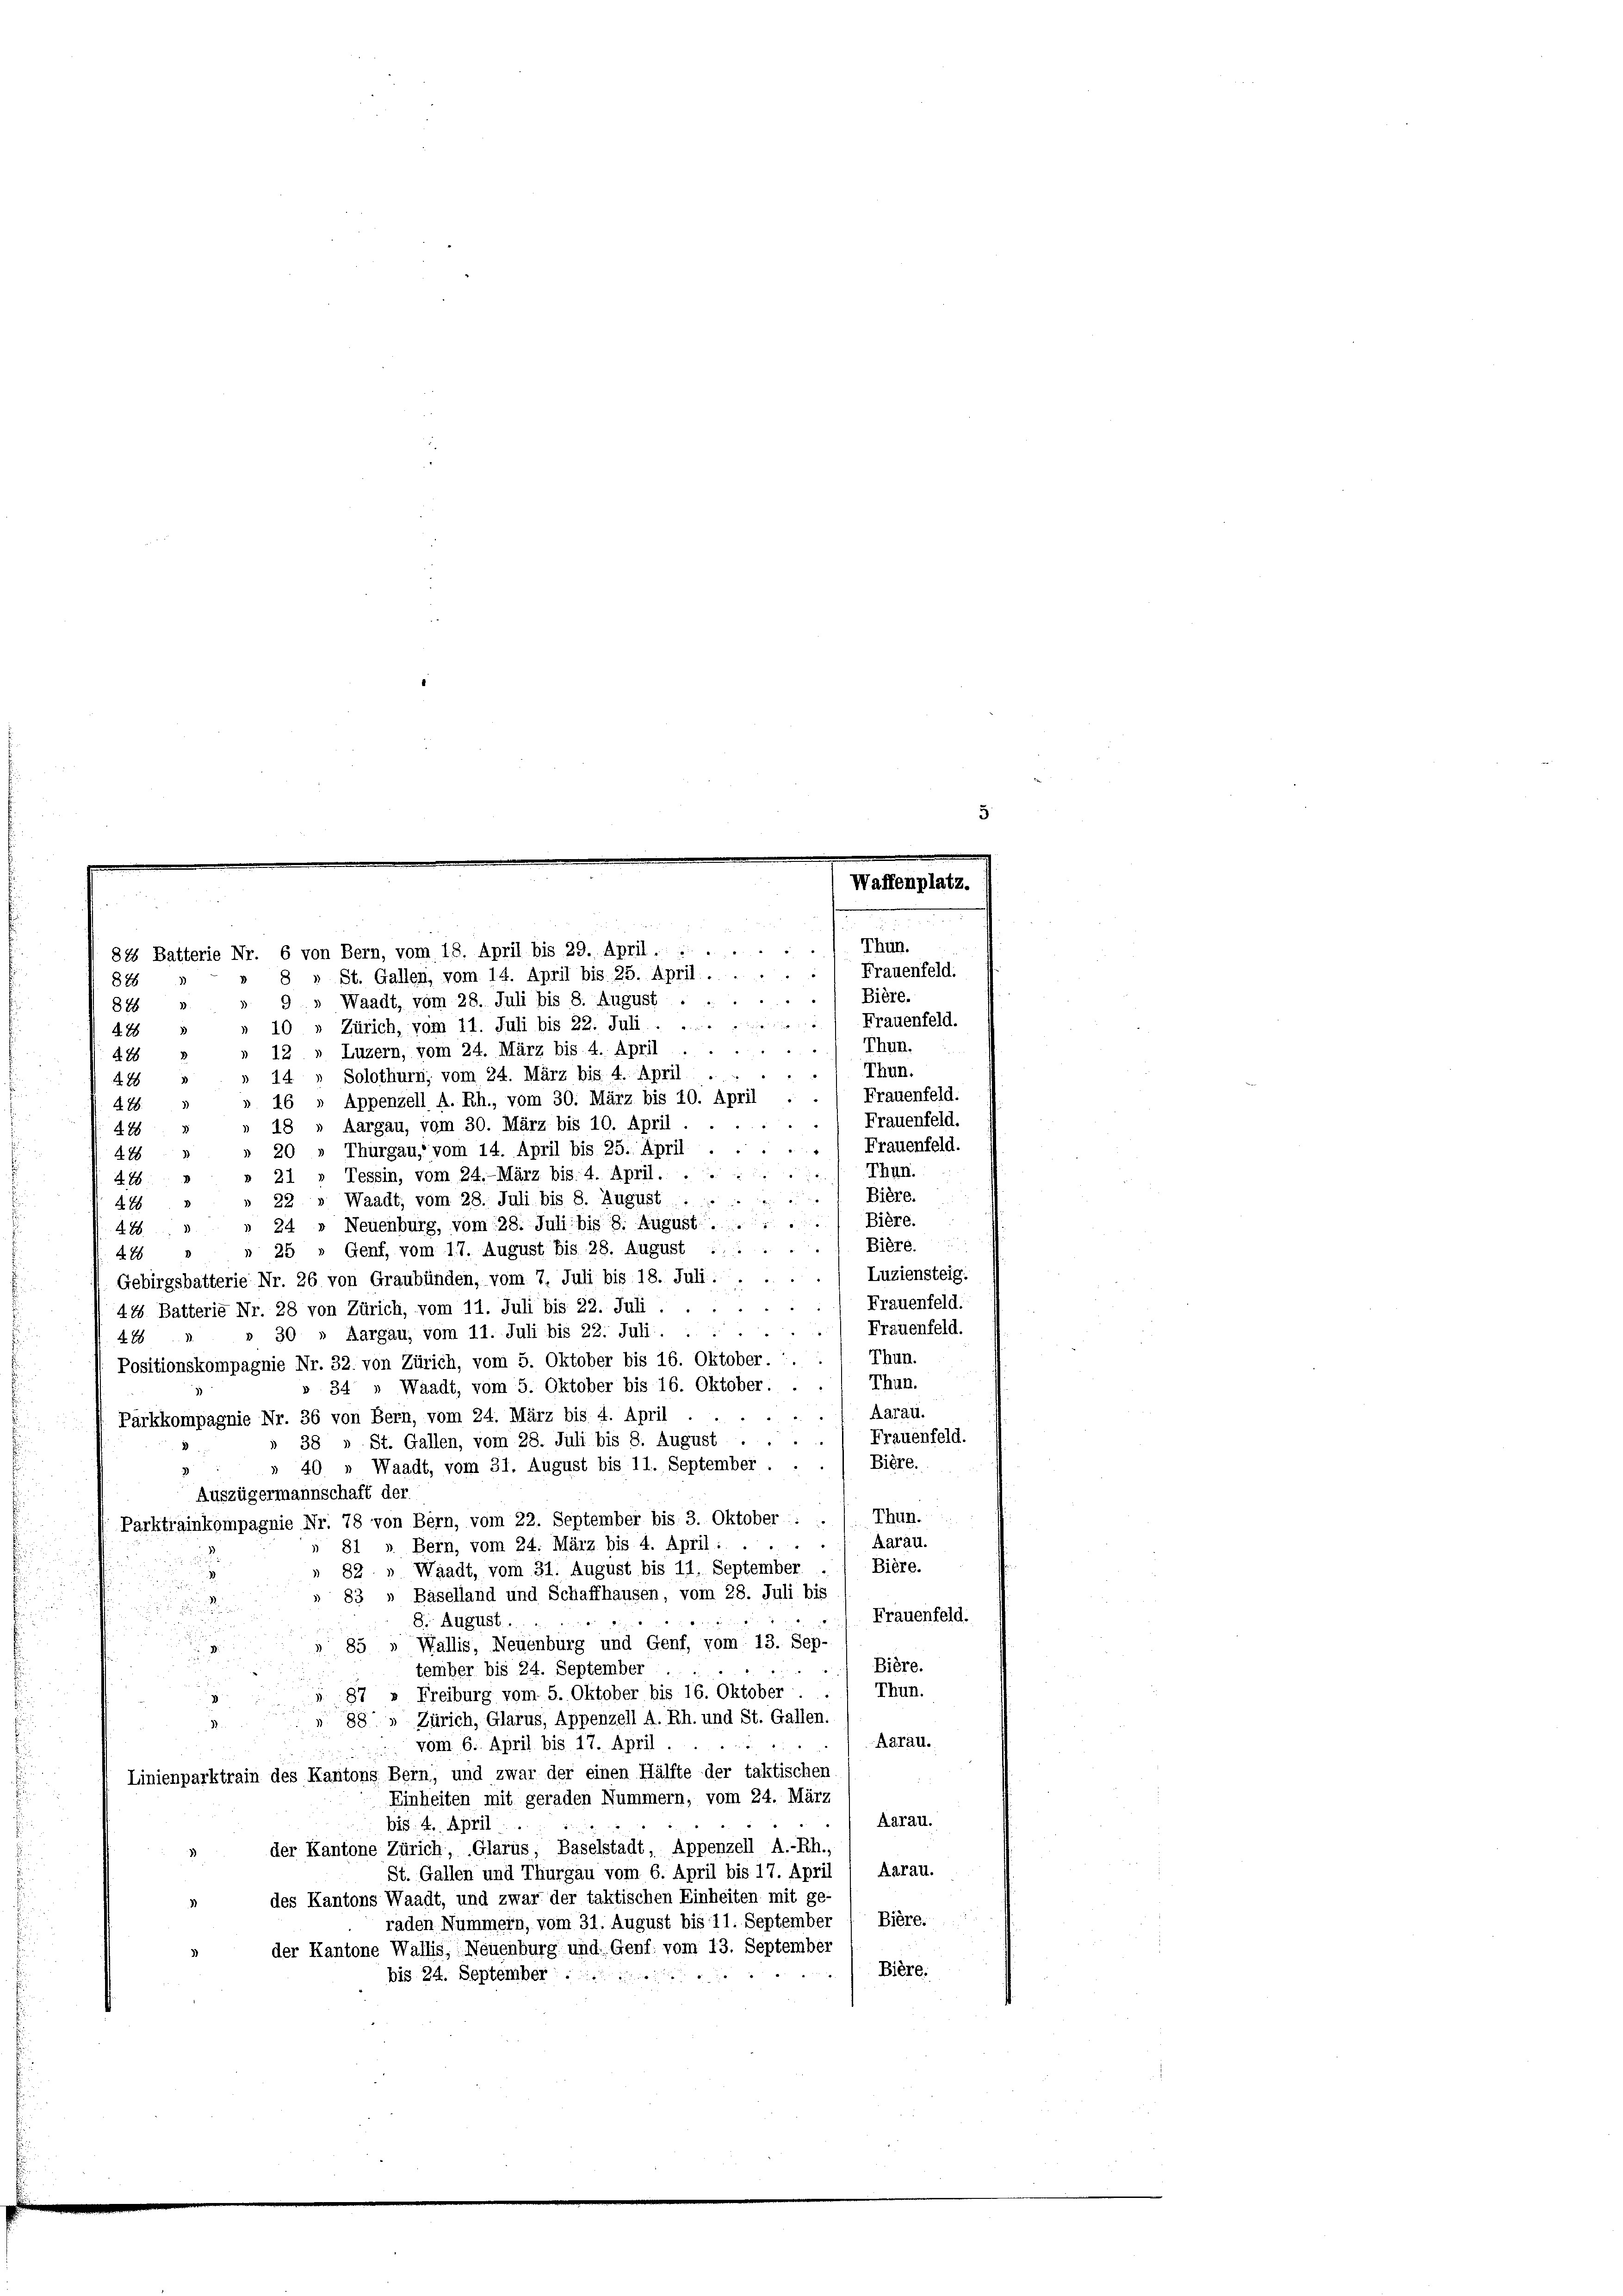
876
 2
9 » Waadt, vom 28. Juli bis 8. August .
878
10 » Zürich, vom 11. Juli bis 22. Juli:/ Frauenfeld.
228
Luzern, vom 24. März bis 4. April
12.
228
Solothurn, vom 24. März bis 4. April
14.
478
Appenzell A. Rh., vom 30. März bis 10. April . . / Frauenfeld.
428.
) Frauenfeld.
Aargau, vom 30. März bis 10. April.
428
Frauenfeld.
Thurgau, vom 14. April bis 25. April
428
 Thun.
Tessin, vom 24. März bis 4. April. .. .
21
4. 88.
Bière.
» Waadt, vom 28. Juli bis 8. August .....
2.
428
Bière.
Neuenburg, vom 28. Juli bis 8. August.
488
24
. Bière.
25 " Genf, vom 17. August bis 28. August ...
4 26
Luziensteig.
Gebirgsbatterie Nr. 26 von Graubünden, vom 7. Juli bis 18. Juli.
Frauenfeld.
44 Batterie Nr. 28 von Zürich, vom 11. Juli bis 22. Juli.
Frauenfeld.
» 30 » Aargau, vom 11. Juli bis 22. Juli . . .
22
Thun.
Positionskompagnie Nr. 32. von Zürich, vom 5. Oktober bis 16. Oktober.
Thun.
34 " Waadt, vom 5. Oktober bis 16. Oktober.
Aarau.
" "
Pärkkompagnie Nr. 36 von Bern, vom 24. März bis 4. April
Frauenfeld.
38 » St. Gallen, vom 28. Juli bis 8. August .
Bière.
40 " Waadt, vom 31. August bis 11. September.
g
Auszügermannschaft der
Thun.
Parktrainkompagnie Nr. 78 von Bern, vom 22. September bis 3. Oktober . .
Aarau.

81 » Bein, vom 24. März bis 4. April:
Bière.
82 " Waadt, vom 31. August bis 11. September
83 „ Baselland und Schaffhausen, vom 28. Juli bis
Frauenfeld.
8. August.
85 " Wallis, Neuenburg und Genf, vom 13. Sep-
Bière.
tember bis 24. September
Thun.
87 » Freiburg vom 5. Oktober bis 16. Oktober
88 » Zürich, Glarus, Appenzell A. Rh. und St. Gallen.
Aarau.
vom 6. April bis 17. April.
Linienparktrain des Kantons Bern, und zwar der einen Hälfte der taktischen

Einheiten mit geraden Nummern, vom 24. März
Aarau.
bis 4. April
der Kantone Zürich, Glarus, Baselstadt, Appenzell A.-Rh.,
St. Gallen und Thurgau vom 6. April bis 17. April 1 Aarau.
des Kantons Waadt, und zwar der taktischen Einheiten mit ge-
raden Nummern, vom 31. August bis 11. September , Biere.
der Kantone Wallis, Neuenburg und Genf. vom 13. September
Bière:
bis 24. September

825 Batterie Nr. 6 von Bern, vom 18. April bis 29. April ......
8 » St. Gallen, vom 14. April bis 25. April. . . . . .  Frauenfeld.

Waffenplatz.

Thun.
Bière.
Thun.
Thun.